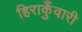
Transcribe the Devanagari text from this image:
हिराकुँवारी